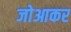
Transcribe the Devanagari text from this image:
जोआकर